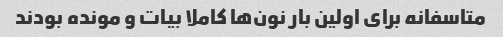
متاسفانه برای اولین بار نون‌ها کاملا بیات و مونده بودند